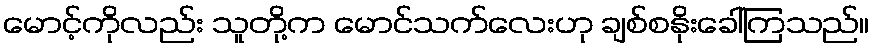
မောင့်ကိုလည်း သူတို့က မောင်သက်လေးဟု ချစ်စနိုးခေါ်ကြသည်။